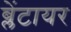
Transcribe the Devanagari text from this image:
ब्लेंटायर